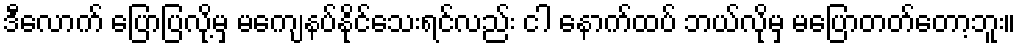
ဒီလောက် ပြောပြလို့မှ မကျေနပ်နိုင်သေးရင်လည်း ငါ နောက်ထပ် ဘယ်လိုမှ မပြောတတ်တော့ဘူး။